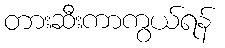
တားဆီးကာကွယ်ရန်